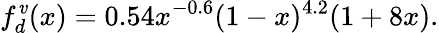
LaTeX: f_{d}^{\mathit{v}}(x)=0.54x^{-0.6}(1-x)^{4.2}(1+8x).